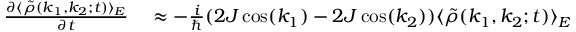
\begin{array} { r l } { \frac { \partial \langle \tilde { \rho } ( k _ { 1 } , k _ { 2 } ; t ) \rangle _ { E } } { \partial t } } & { { } \approx - \frac { i } { \hbar } ( 2 J \cos ( k _ { 1 } ) - 2 J \cos ( k _ { 2 } ) ) \langle \tilde { \rho } ( k _ { 1 } , k _ { 2 } ; t ) \rangle _ { E } } \end{array}